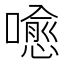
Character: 𡀍